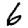
Digit: 6